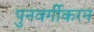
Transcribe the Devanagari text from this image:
पुनवर्गीकरन